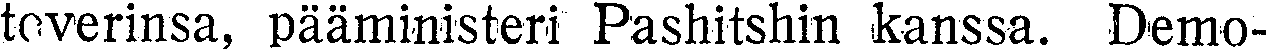
toverinsa, pääministeri Pashitshin kanssa. Demo-